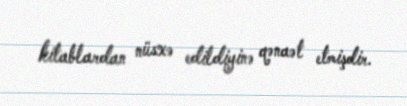
kitablardan nüsxə edildiyinə qənaət etmişdir.